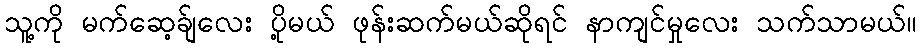
သူ့ကို မက်ဆေ့ခ်ျလေး ပို့မယ် ဖုန်းဆက်မယ်ဆိုရင် နာကျင်မှုလေး သက်သာမယ်။